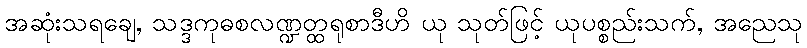
အဆုံးသရချေ, သဒ္ဒကုဓစလဏ္ဍတ္ထရုစာဒီဟိ ယု သုတ်ဖြင့် ယုပစ္စည်းသက်, အညေသု